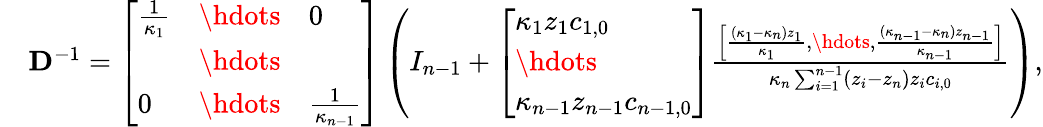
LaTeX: \begin{array}{rl}&{\mathbf{D}^{-1}=\left[\begin{array}{lll}{\frac{1}{\kappa_{1}}}&{\hdots}&{0}\\ &{\hdots}&\\ {0}&{\hdots}&{\frac{1}{\kappa_{n-1}}}\end{array}\right]\left(I_{n-1}+\left[\begin{array}{l}{\kappa_{1}z_{1}c_{1,0}}\\ {\hdots}\\ {\kappa_{n-1}z_{n-1}c_{n-1,0}}\end{array}\right]\frac{\left[\begin{array}{l}{\frac{(\kappa_{1}-\kappa_{n})z_{1}}{\kappa_{1}},\hdots,\frac{(\kappa_{n-1}-\kappa_{n})z_{n-1}}{\kappa_{n-1}}}\end{array}\right]}{\kappa_{n}\sum_{i=1}^{n-1}(z_{i}-z_{n})z_{i}c_{i,0}}\right),}\end{array}